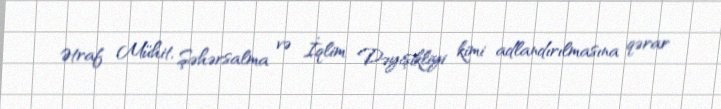
Ətraf Mühit, Şəhərsalma və İqlim Dəyişikliyi kimi adlandırılmasına qərar